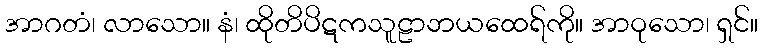
အာဂတံ၊ လာသော။ နံ၊ ထိုတိပိဋကသူဠာဘယထေရ်ကို။ အာဝုသော၊ ရှင်။